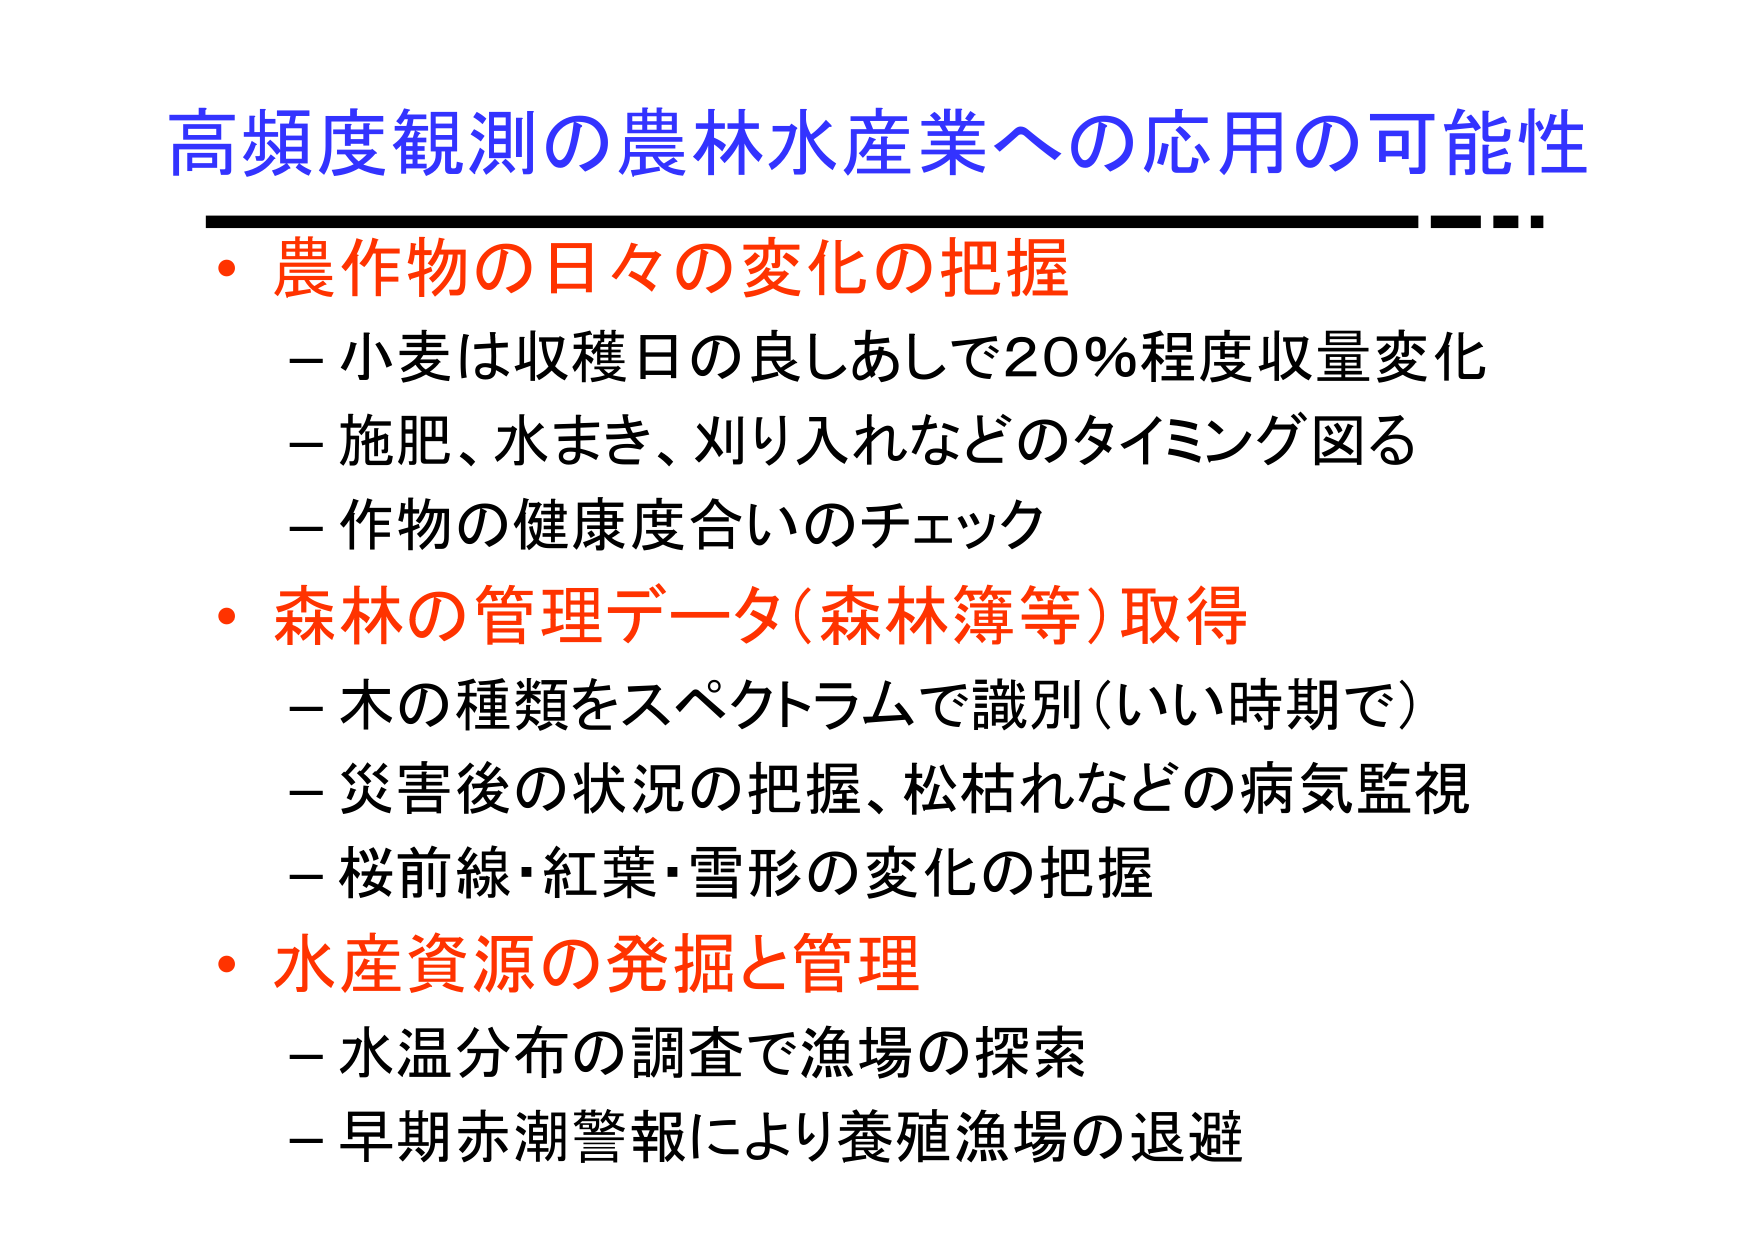
高頻度観測の農林水産業への応用の可能性
・農作物の日々の変化の把握
－小麦は収穫日の良しあしで20％程度収量変化
－施肥、水まき、刈り入れなどのタイミング図る
－作物の健康度合いのチェック
・森林の管理データ（森林簿等）取得
－木の種類をスペクトラムで識別（いい時期で）
－災害後の状況の把握、松枯れなどの病気監視
－桜前線・紅葉・雪形の変化の把握
・水産資源の発掘と管理
－水温分布の調査で漁場の探索
－早期赤潮警報により養殖漁場の退避